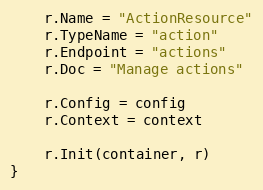
Language: Go
	r.Name = "ActionResource"
	r.TypeName = "action"
	r.Endpoint = "actions"
	r.Doc = "Manage actions"

	r.Config = config
	r.Context = context

	r.Init(container, r)
}